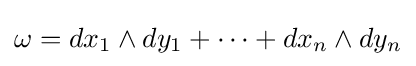
\omega =dx_{1}\wedge dy_{1}+\cdots +dx_{n}\wedge dy_{n}